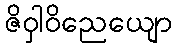
ဇိဝှါဝိညေယျော